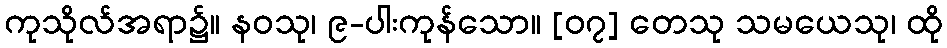
ကုသိုလ်အရာ၌။ နဝသု၊ ၉-ပါးကုန်သော။ [၀၇] တေသု သမယေသု၊ ထို